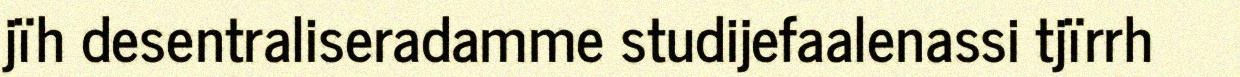
jïh desentraliseradamme studijefaalenassi tjïrrh